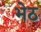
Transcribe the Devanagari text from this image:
भेठ